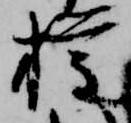
権